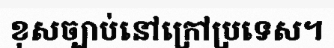
ខុសច្បាប់នៅក្រៅប្រទេស។